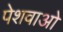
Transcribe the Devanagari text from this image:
पेशवाओ